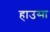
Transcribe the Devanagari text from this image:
हाउसा